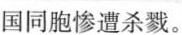
国同胞惨遭杀戮。